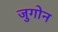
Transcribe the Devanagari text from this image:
जुगोन